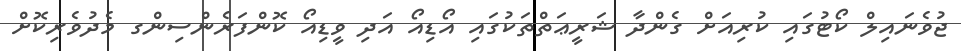
ޖުވެނައިލް ކޯޓުގައި ކުރިއަށް ގެންދާ ޝަރީޢަތްތަކުގައި އޯޑިއޯ އަދި ވީޑިއޯ ކޮންފަރެންސިންގ މެދުވެރިކޮށް